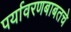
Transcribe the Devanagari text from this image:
पर्यावरणबाबतचे